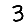
Digit: 3